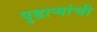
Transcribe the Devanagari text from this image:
पुढार्‍यांची